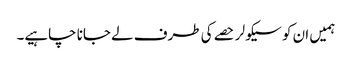
ہمیں ان کو سیکولر حصے کی طرف لے جانا چاہیے۔